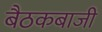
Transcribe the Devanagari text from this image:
बैठकबाजी